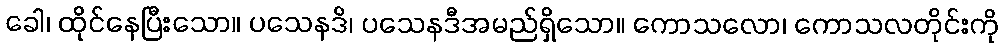
ခေါ၊ ထိုင်နေပြီးသော။ ပသေနဒိ၊ ပသေနဒီအမည်ရှိသော။ ကောသလော၊ ကောသလတိုင်းကို